Vaccination United Provinces of Agra and Oudh 1902-1913 - 1902-1913
Year: 1902
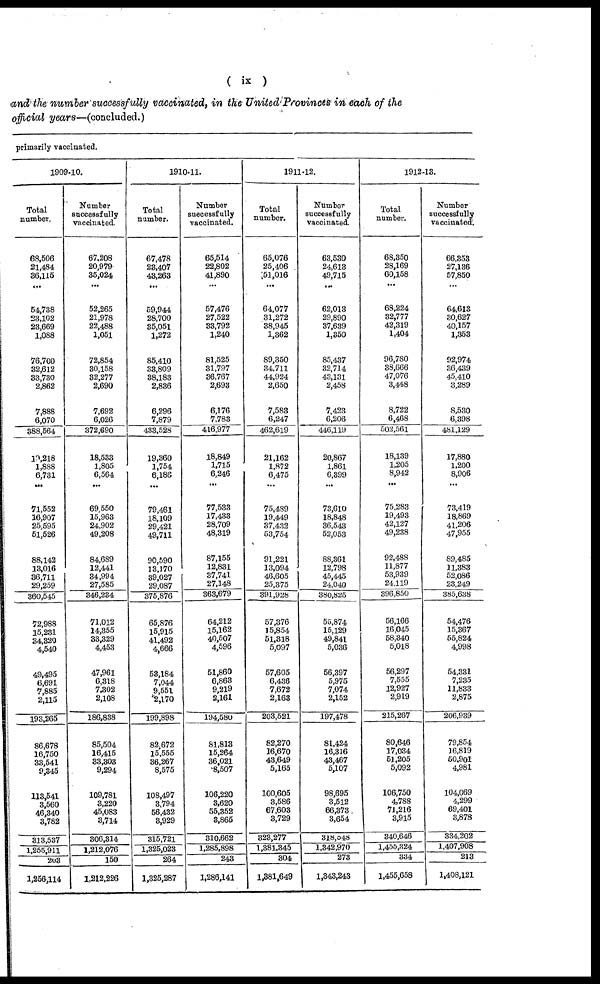
( ix )
and the number successfully vaccinated, in the United Provinces in each of the
official years—(concluded.)
primarily vaccinated.
1909-10.
Total
number.
68,506
21,484
36,115
...
54,738
23,102
23,669
1,088
76,700
32,612
33,730
2,862
7,888
6,070
388,564
19,218
1,888
6,731
...
71,552
16,907
25,595
51,526
88,142
13,016
36,711
29,259
360,545
72,988
15,231
34,320
4,540
49,495
6 691
7,885
2,115
193,265
86,678
16,750
33,541
9,345
113,541
3,560
46,340
3,782
313,537
1,255,911
203
1,256,114
Number
successfully
vaccinated.
67,208
20,979
85,024
...
52,265
21,978
22,488
1,051
72,854
30,158
32,277
2,690
7,692
6,026
372,690
18,533
1,805
6,564
...
69,550
15,963
24,902
49,208
84,689
12,441
34,994
27,585
346,234
71,012
14,355
33,329
4,453
47,961
6,318
7,302
2,108
186,838
85,504
16,415
33,303
9,294
109,781
3,220
45,083
3,714
306,314
1,212,076
150
1,212,226
1910-11.
Total
number.
67,478
23,407
43,263
...
59,944
28,700
35,051
1,272
85,410
33,809
38,183
2,836
6,296
7,879
433,528
19,360
1,754
6,186
...
79,461
18,109
29,421
49,711
90,590
13,170
39,027
29,087
375,876
65,876
15,915
41,492
4,666
58,184
7,044
9,551
2,170
199,898
82,672
15,555
36,267
8,575
108,497
3,794
56,432
3,929
315,721
1,325,023
264
1,325,287
Number
successfully
vaccinated.
65,514
22,802
41,890
...
57,476
27,522
33,792
1,240
81,525
31,797
36,767
2,693
6,176
7,783
416,977
18,849
1,715
6,246
...
77,533
17,433
28,709
48,319
87,155
12,831
37,741
27,148
363,679
64,212
15,162
40,507
4,596
51,860
6,863
9,219
2,161
194,580
81,813
15,264
36,021
8,507
106,220
3,620
55,352
3,865
310,662
1,285,898
243
1,286,141
1911-12.
Total
number.
65,076
25,406
51,016
...
64,077
31,272
38,945
1,362
89,350
34,711
44,924
2,650
7,583
6,247
462,619
21,162
1,872
6,475
...
75,489
19,449
37,432
53,754
91,221
13,094
46,605
25,375
391,928
57,376
15,854
51,318
5,097
57,605
6,436
7,672
2,163
203,521
82,270
16,670
43,649
5,165
100,605
3,586
67,603
3,729
323,277
1,881,345
304
1,381,649
Number
successfully
vaccinated.
63,530
24,613
49,715
...
62,013
29,890
37,639
1,350
85,437
32,714
43,131
2,458
7,423
6,206
446,119
20,867
1,861
6,399
...
73,610
18,848
36,543
52,053
88,361
12,798
45,445
24,040
380,825
55,874
15,129
49,841
5,036
56,397
5,975
7,074
2,152
197,478
81,424
16,316
43,467
5,107
98,695
3,512
66,373
3,654
318,548
1,342,970
273
1,343,243
1912-13.
Total
number.
68,350
28,169
60,158
...
68,224
32,777
42,319
1,404
96,780
38,666
47,076
3,448
8,722
6,468
502,561
18,139
1,205
8,942
...
75,283
19,493
42,127
49,238
92,488
11,877
53,939
24,119
396,850
56,166
16,045
58,340
5,018
56,297
7,555
12,927
2,919
215,267
80,646
17,034
51,205
5,092
106,750
4,788
71,216
3,915
340,646
1,455,324
334
1,455,658
Number
successfully
vaccinated.
66,353
27,136
57,850
...
64,613
30,627
40,157
1,353
92,974
36,439
45,410
3,289
8,530
6,398
481,129
17,880
1,200
8,906
...
73,419
18,869
41,206
47,955
89,485
11,383
52,086
23,249
385,638
54,476
15,367
55,824
4,998
54,331
7,235
11,833
2,875
206,939
79,854
16,819
50,901
4,981
104,069
4,299
69,401
3,878
334,202
1,407,908
213
1,408,121